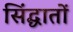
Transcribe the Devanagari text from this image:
सिंद्धातों